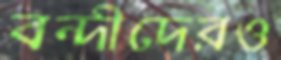
বন্দীদেরও